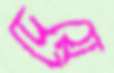
দেয়ে